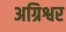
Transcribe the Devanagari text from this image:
अग्रिश्वर